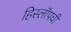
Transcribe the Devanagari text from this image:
हिस्लॉपची